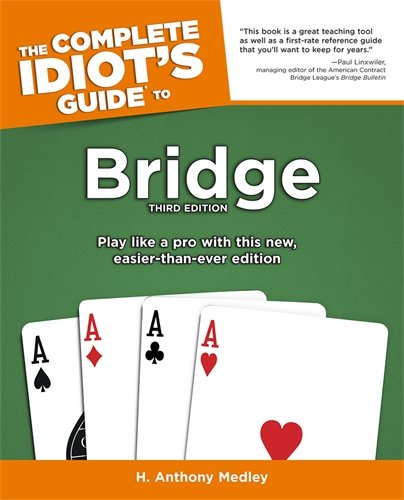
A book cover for The Complete Idiot's Guide To Bridge, 3e (Idiot's Guides); H. Anthony Medley; Humor & Entertainment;